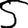
Digit: 5